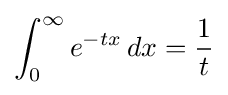
\int _{0}^{\infty }e^{-tx}\,dx={\frac {1}{t}}